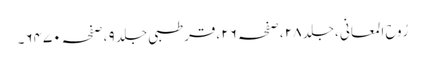
رُوح المعانی ،جلد ٢٨ ،صفحہ ٢٦ ،قرطبی جلد ٩ ،صفحہ ٦٤٧٠۔